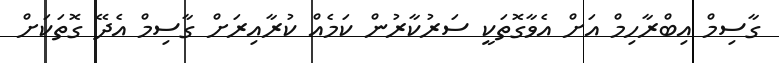
ގާސިމް އިބްރާހިމް އަށް އެވާގޮތަކީ ސަރުކާރުން ކަމެއް ކުރާއިރަށް ގާސިމް އެދޭ ގޮތަކަށް